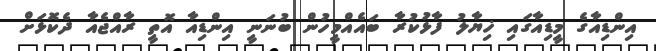
އިންޑިއާގެ މީޑިއާގައި ޚިޔާލު ފާޅުކުރާ ބައެއްމީހުން ބުނަނީ އިންޑިއާ އޮތީ ރާއްޖެއާ ދެކޮޅަށް